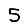
Digit: 5